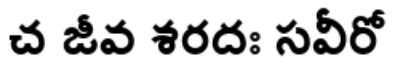
చ జీవ శరదః సవీరో